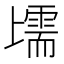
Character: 𱍩